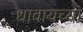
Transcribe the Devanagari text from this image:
धावायच्या